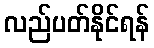
လည်ပတ်နိုင်ရန်